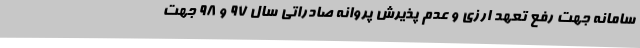
سامانه جهت رفع تعهد ارزی و عدم پذیرش پروانه صادراتی سال 97 و 98 جهت